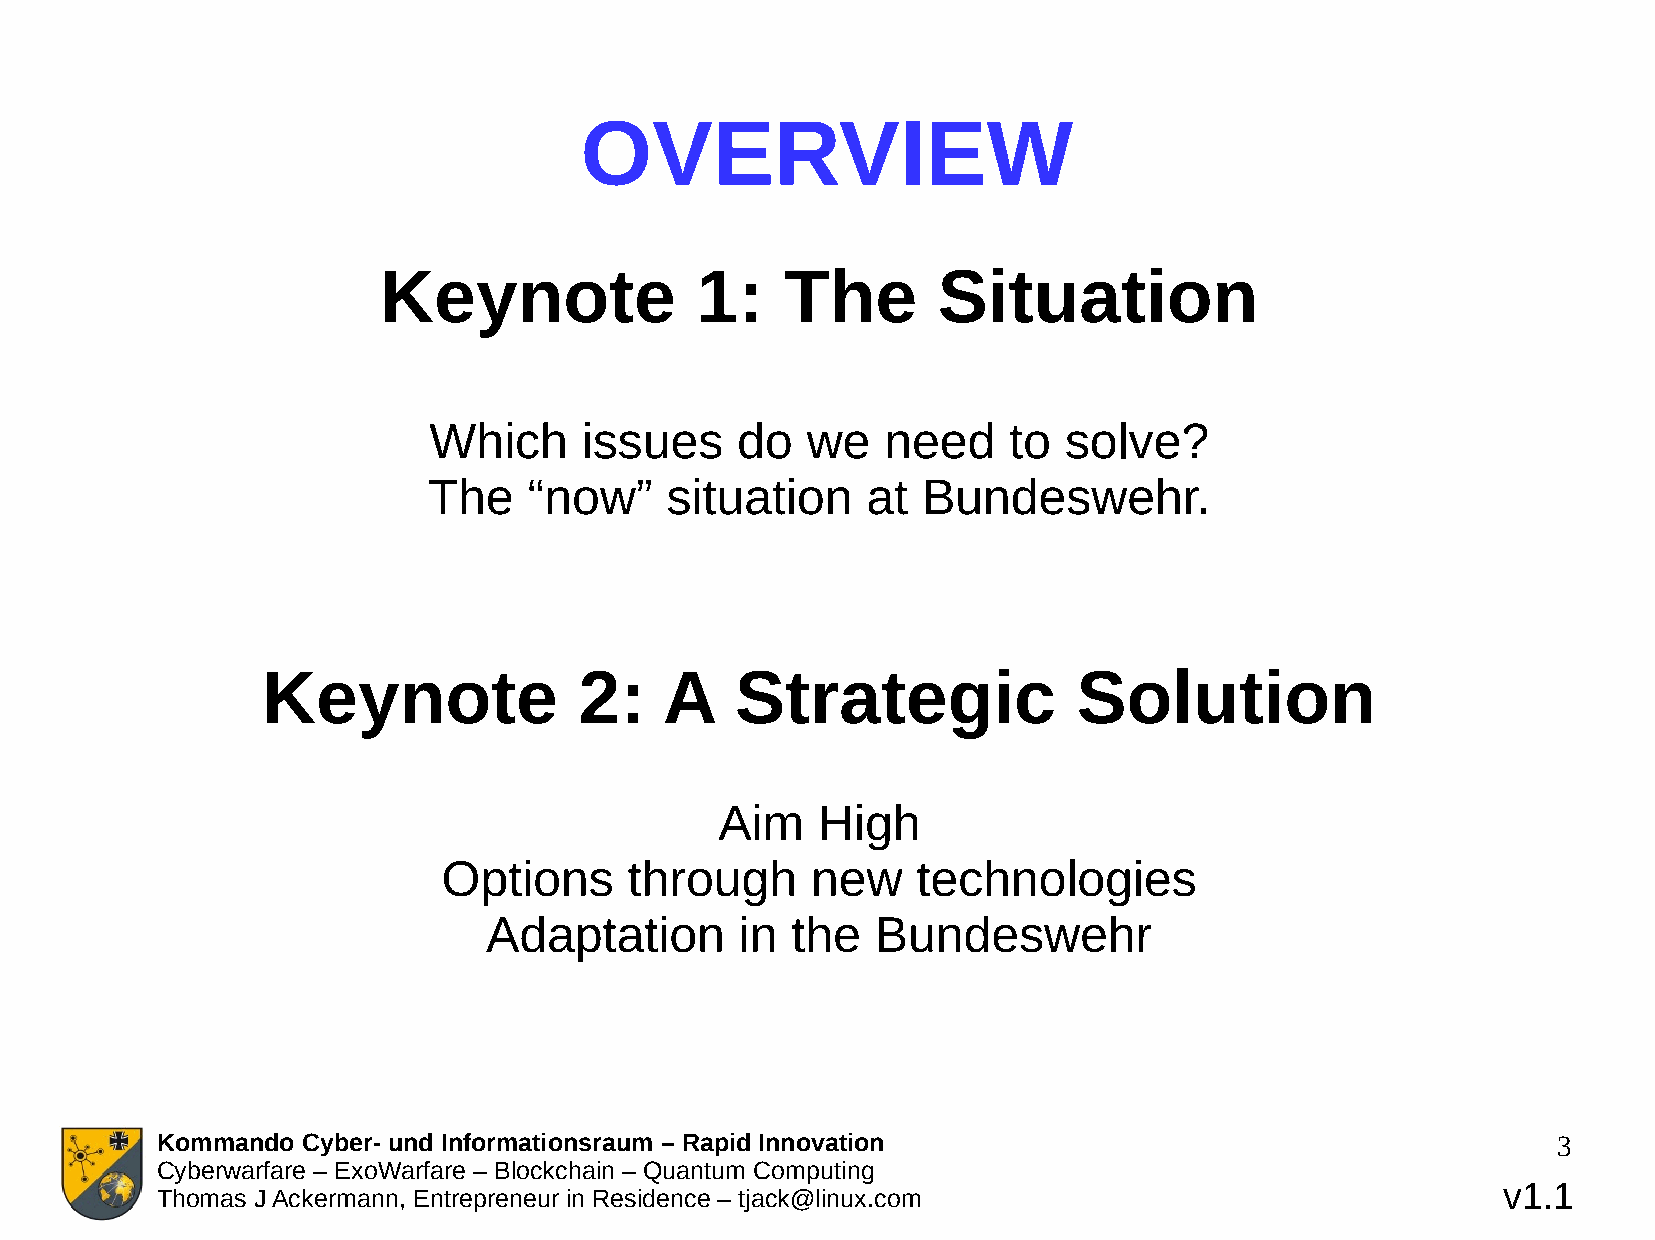
OVERVIEW
 Keynote              1:    The       Situation
 Which     issues     do  we    need    to solve?
 The    “now”    situation    at  Bundeswehr.
 Keynote              2:    A    Strategic             Solution
 Aim   High
 Options      through     new    technologies
 Adaptation       in the   Bundeswehr
 Kommando  Cyber- und Informationsraum – Rapid Innovation                                     3
 Cyberwarfare – ExoWarfare – Blockchain – Quantum Computing
 v1.1
 Thomas J Ackermann, Entrepreneur in Residence – tjack@linux.com